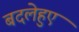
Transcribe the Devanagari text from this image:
बदलेहुए